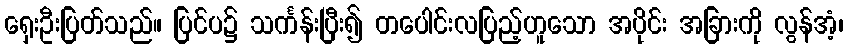
ရှေးဦးပြတ်သည်။ ပြင်ပ၌ သင်္ကန်းပြီး၍ တပေါင်းလပြည့်ဟူသော အပိုင်း အခြားကို လွန်အံ့၊